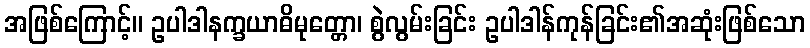
အဖြစ်ကြောင့်။ ဥပါဒါနက္ခယာဓိမုတ္တော၊ စွဲလွမ်းခြင်း ဥပါဒါန်ကုန်ခြင်း၏အဆုံးဖြစ်သော